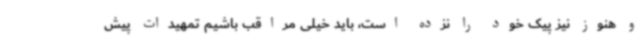
و هنوز نیز پیک خود را نزده است، باید خیلی مراقب باشیم تمهیدات پیش